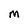
Character: M